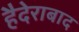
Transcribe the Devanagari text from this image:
हैदेराबाद